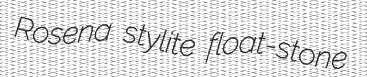
Rosena stylite float-stone